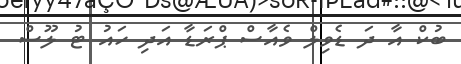
ބުކް އާ ދަ ޑެވިލް ވެއާސް ޕްރަޑާ އަދި ހައު ޓު ލޫސް